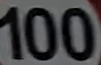
100